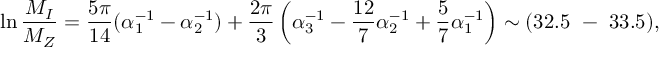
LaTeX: \ln { \frac { M _ { I } } { M _ { Z } } } = \frac { 5 \pi } { 1 4 } ( \alpha _ { 1 } ^ { - 1 } - \alpha _ { 2 } ^ { - 1 } ) + \frac { 2 \pi } { 3 } \left( \alpha _ { 3 } ^ { - 1 } - \frac { 1 2 } { 7 } \alpha _ { 2 } ^ { - 1 } + \frac { 5 } { 7 } \alpha _ { 1 } ^ { - 1 } \right) \sim ( 3 2 . 5 ~ - ~ 3 3 . 5 ) ,